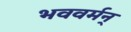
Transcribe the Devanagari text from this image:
भववर्मन्‌